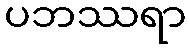
ပဘဿရာ